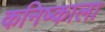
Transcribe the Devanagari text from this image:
कनिष्काला